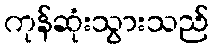
ကုန်ဆုံးသွားသည်